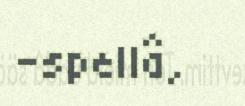
-spellâ,